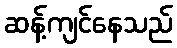
ဆန့်ကျင်နေသည်